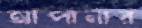
আপানার